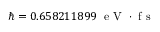
\hbar = 0 . 6 5 8 2 1 1 8 9 9 ~ \mathrm { ~ e ~ V ~ } \cdot \mathrm { ~ f ~ s ~ }